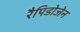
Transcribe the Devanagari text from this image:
रैपिडोजेन